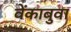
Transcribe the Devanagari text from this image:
वेंकाबुवा